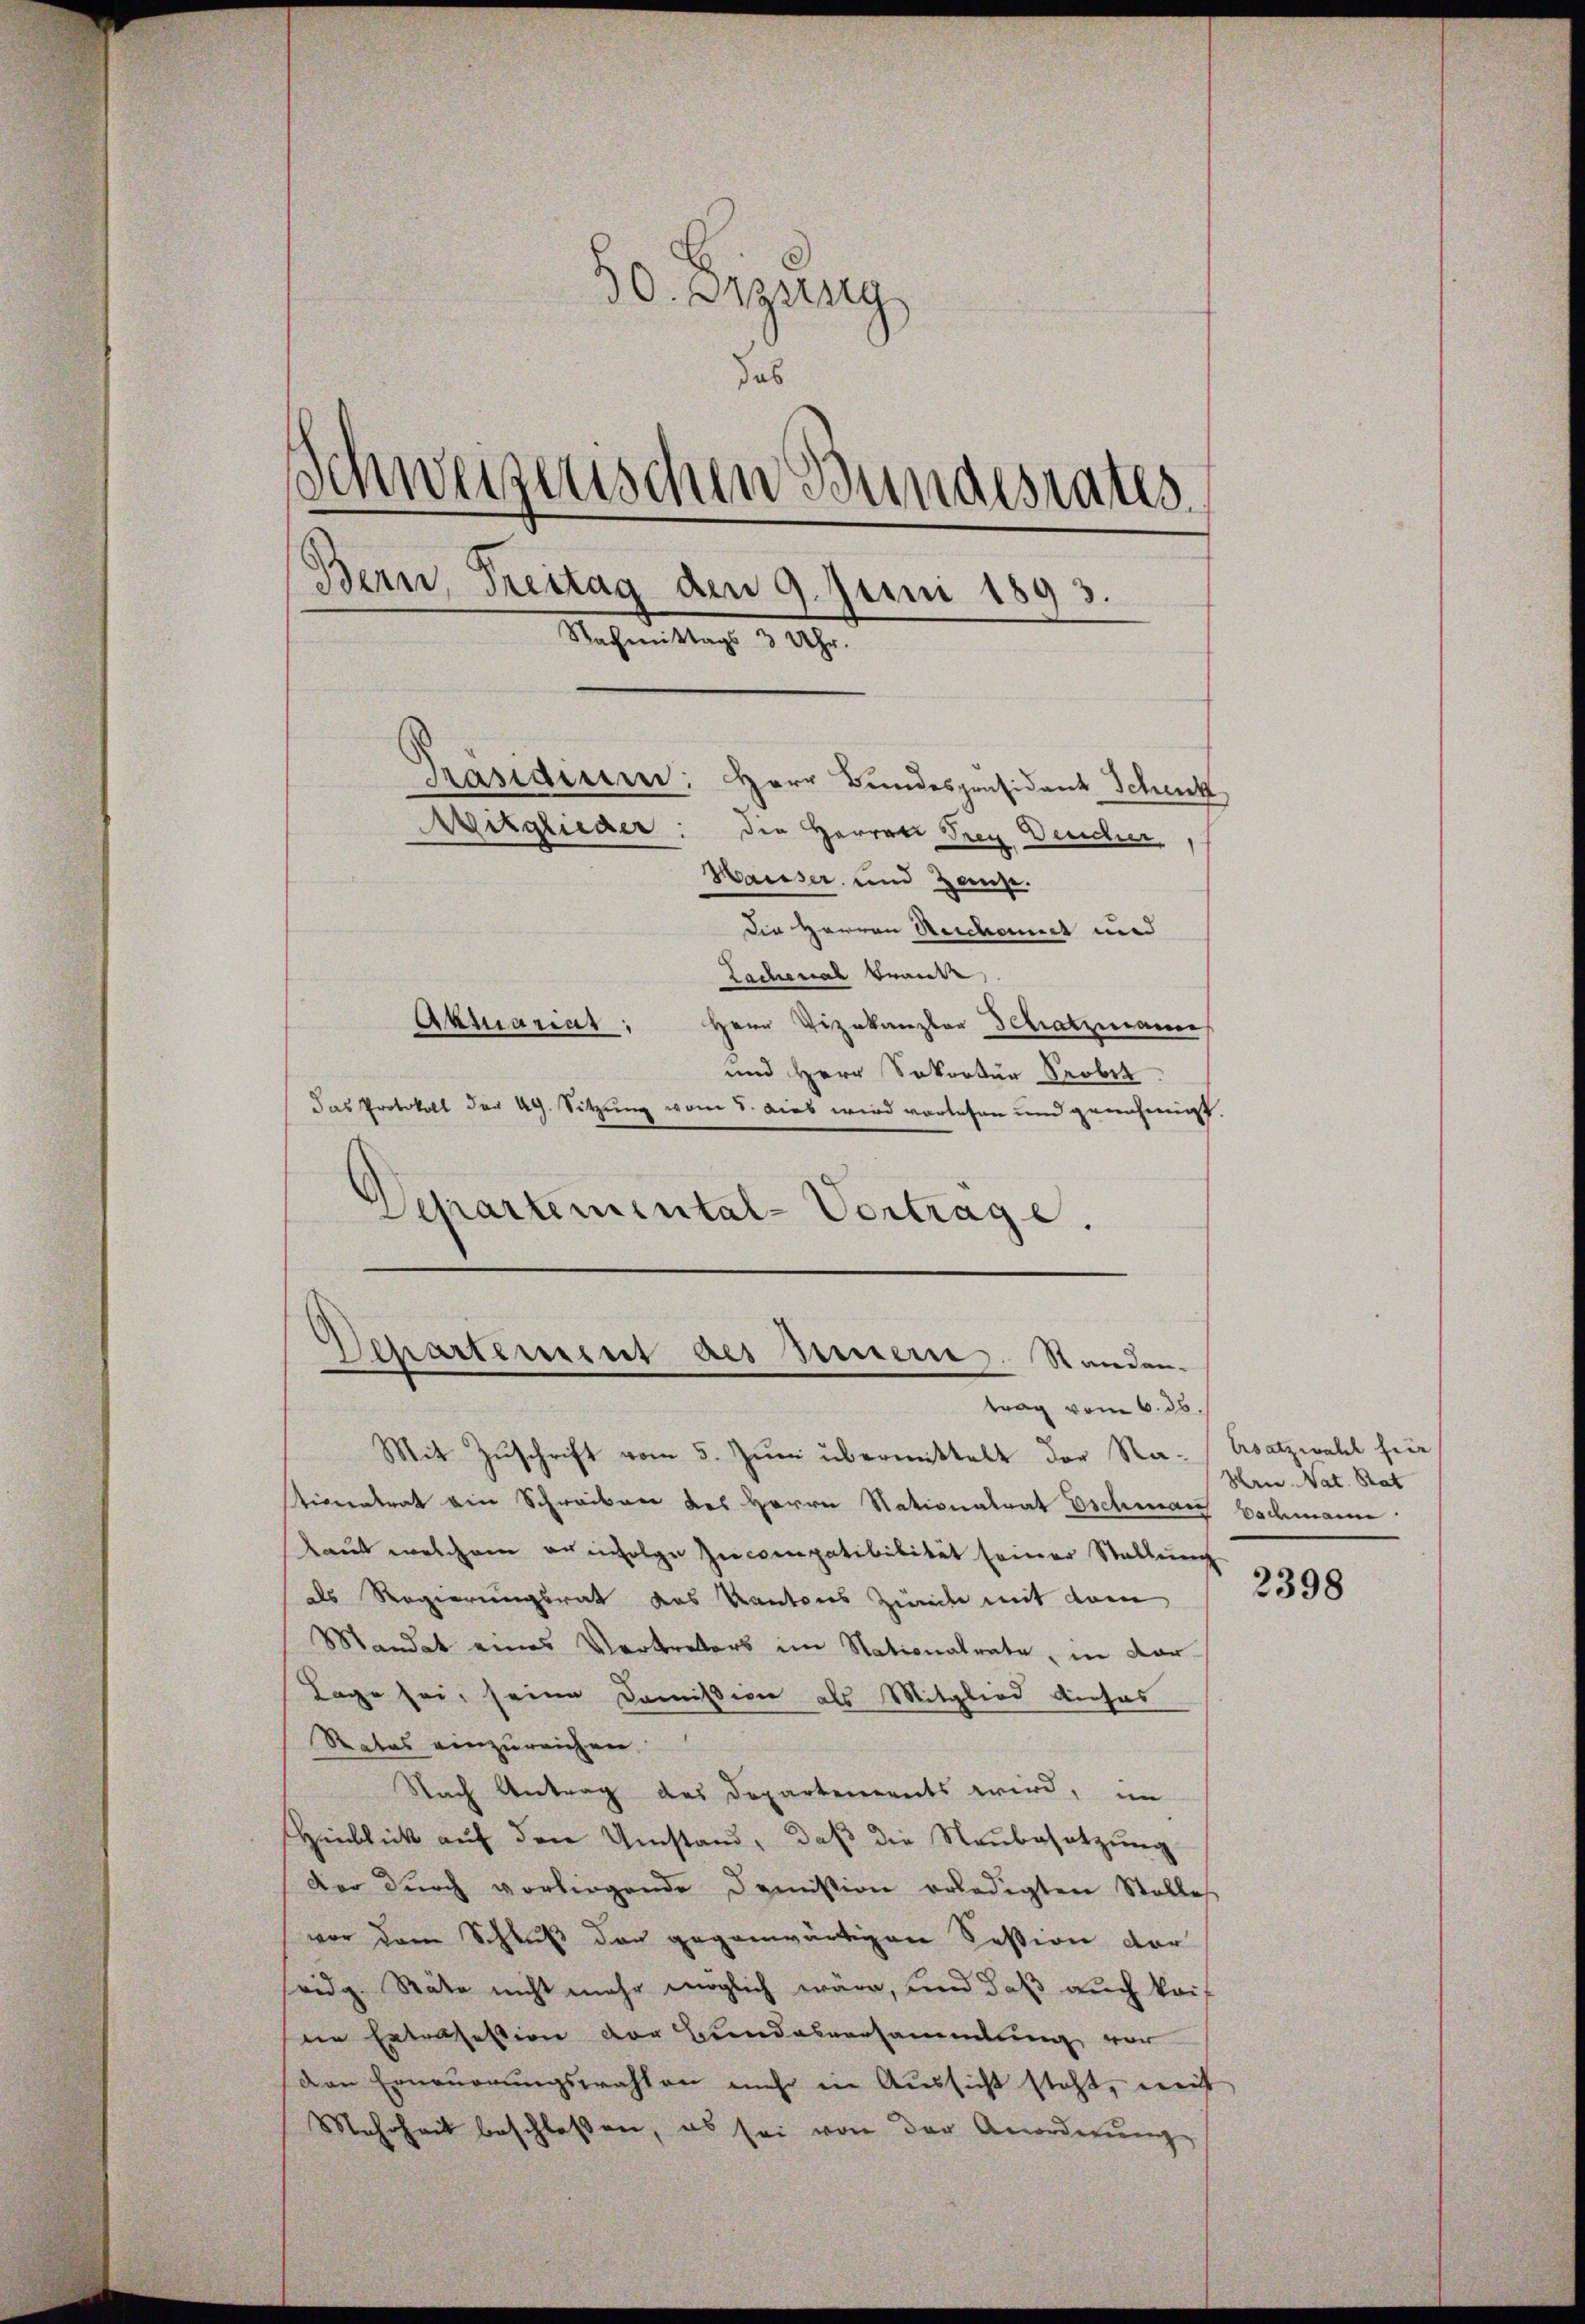
50. Erzung
das
Schweizenschen Bundesrates
Bern, Treitag den 9. Juni 1893.
Nachmittags 3 Uhr.
Präsidium: Herr Bundespräsident Schick
Mitglieder: die Herren Frey Deucur
Hausser und Hause.
Die Herren Reichemiet und

Lachenal Brand
Herr Vizekanzler Schatzmaue
Armannt:
und Herr Sekretär Probel
Das Protokoll der Ag. Sitzung von S. dies wird vorlesen und genehmigt.
Vepartemental-Vortrage.

Departement des Innern. Standen.
trag vom 6. 36.

Mit Zŭschrift vom 5. Jŭni übermittelt der Na-Ersatzwahl für
ticeatrat ein Schreiben des Herrn Nationalrat Eschmar Eschmann
laut welchem er infolge Zecompatibilität seiner Stellung
als Regierungsrath das Kantons Ziel mit dem
Mandat eines Vertreters im Nationalrate, in dar-
Lage sei, seine Comission als Mitglied dieses
Rates einzureichen
Nach Antrag des Departements wird, im
Hinblick auf den Umstand, daß die Neubesetzung
der durch vorliegende Demission erledigten Stelles
vor dem Schluß der gegenwärtigen Session der
seidg. Räte nicht mehr möglich wäre, und daß auch kais
den Extrasestion der Bundesversammlung vor
den Erneuerungsrahten mehr in Aussicht steht, mit
Mehrheit beschloßen, es sei von der Anordnŭng

Hrn. Nat. Rat

2398